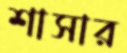
শাসার